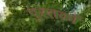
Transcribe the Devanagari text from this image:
पु्स्तकों